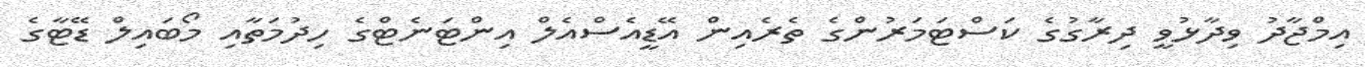
އިމްޖާދު ވިދާޅުވީ ދިރާގުގެ ކަސްޓަމަރުންގެ ތެރެއިން އޭޑީއެސްއެލް އިންޓަނެޓްގެ ހިދުމަތާއި މޯބައިލް ޑޭޓާގެ